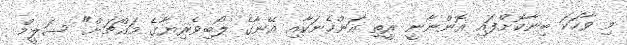
މި ވާހަކަ ބިނާކޮށްފައި އޮންނާނީ ރީތި އަންހެނަކާއި އޭނާގެ ލޯބިވެރިޔާގެ މައްޗަށް" ސަލީމް